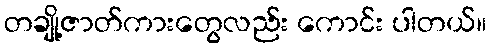
တချို့ဇာတ်ကားတွေလည်း ကောင်း ပါတယ်။